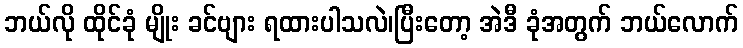
ဘယ်လို ထိုင်ခုံ မျိုး ခင်ဗျား ရထားပါသလဲ၊ပြီးတော့ အဲဒီ ခုံအတွက် ဘယ်လောက်